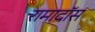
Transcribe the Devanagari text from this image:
रामादॉस